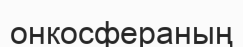
онкосфераның